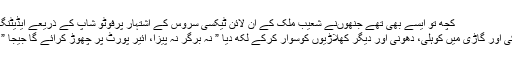
کچھ تو ایسے بھی تھے جنھوںنے شعیب ملک کے آن لائن ٹیکسی سروس کے اشتہار پرفوٹو شاپ کے ذریعے ایڈیٹنگ
کی اور گاڑی میں کوہلی، دھونی اور دیگر کھلاڑیوں کوسوار کرکے لکھ دیا ” نہ برگر نہ پیزا، ائیر پورٹ پر چھوڑ کرآئے گا جیجا ” ۔